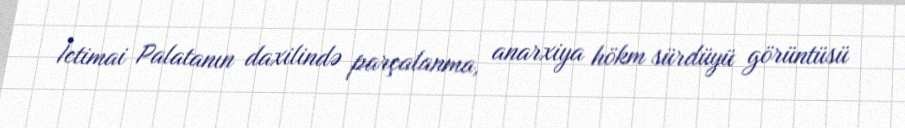
İctimai Palatanın daxilində parçalanma, anarxiya hökm sürdüyü görüntüsü